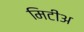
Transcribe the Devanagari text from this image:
मिटीअ